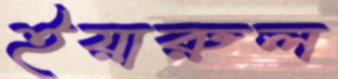
ইয়ারুল